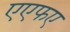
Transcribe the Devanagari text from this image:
एएफए